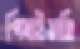
পিষাইয়াছি